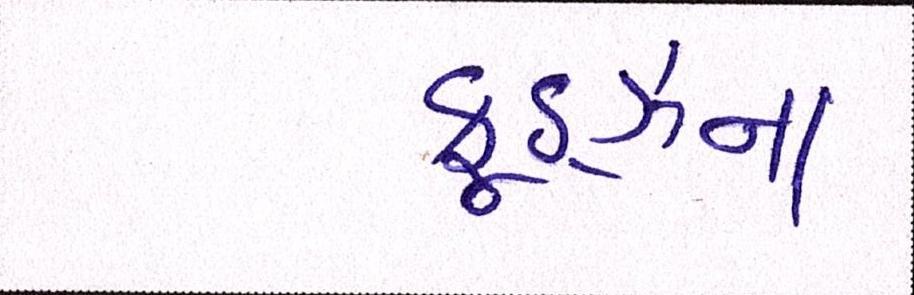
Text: ફૂડ્ઝના